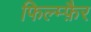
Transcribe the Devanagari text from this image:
फिल्म्फ़ैर